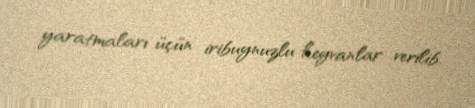
yaratmaları üçün iribuynuzlu heyvanlar verilib.